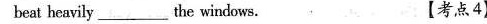
beat heavily___ the windows. 【考点4】